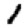
Digit: 1